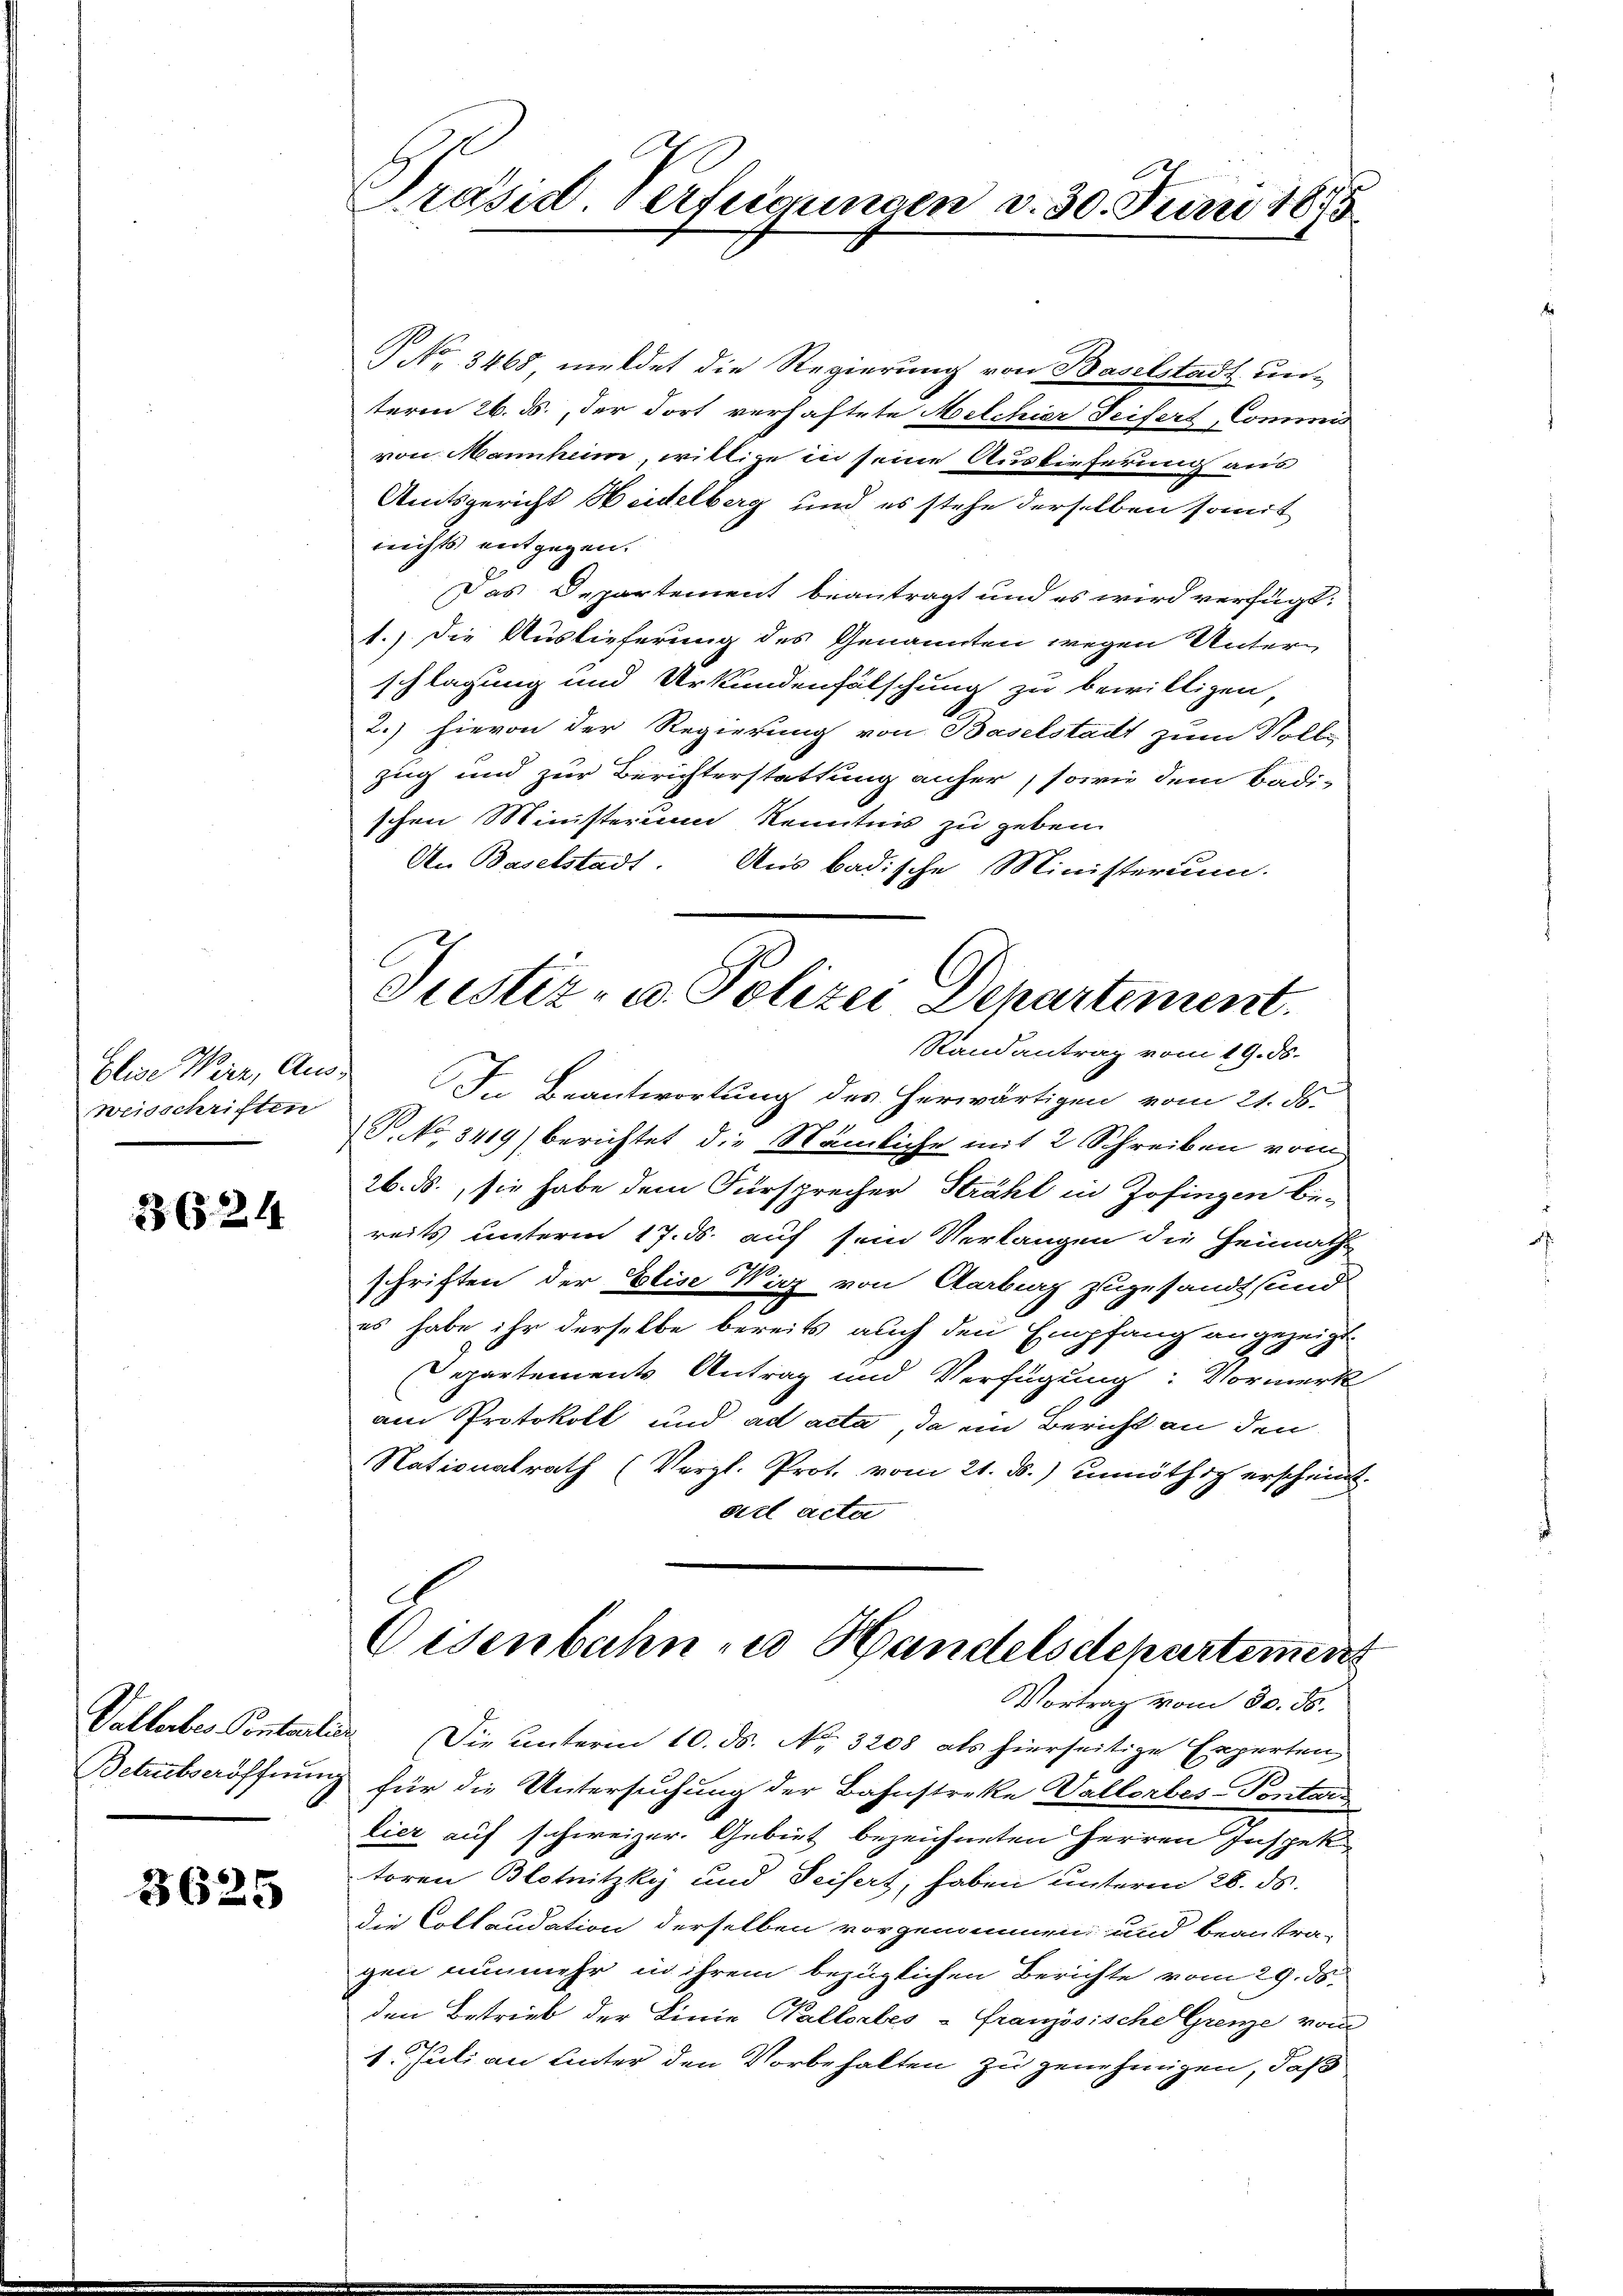
weisschriften

3624

3625

Präsid. Verfügungen d. 30. Juni 1885

No 3468, meldet die Regierung von Baselstadt un-
term 26. ds., der dort verhaftete Melchior Seifert, Commis
von Mannheim, willige in seine Auslieferung aus
Amtsgericht Heidelberg und es stehe derselben somit
nichts entgegen.
Das Departement beantragt und es wird verfügt:
1.) Die Auslieferung des Genannten wegen Unterschlagung und Urkundenfälschung zu bewilligen,
2.) hievon der Regierung von Baselstadt zum Volle
zug und zur Berichterstattung anher, sowie dem Badischen Ministerum Kenntnis zu geben.
An Baselstadt. Aus badische Ministerium
Elise Wirz, Aus. In Beantwortung des herwärtigen vom 21. ds.
P.No. 3419) berichtet die Nämliche mit 2 Schreiben vom
26. ds., sie habe dem Fürsprecher Strahl in Zofingen be-
reits unterm 17. ds. auf sein Verlangen die Heimaths
schriften der Elise Wirz von Aarburg zugesandt und
es habe ihr derselbe bereits auch den Empfang angezeigt.
Departements Antrag und Verfügung: Vormerk
am Protokoll und ad acta, da ein Bericht an den
Nationalrath (Vergl. Prot. vom 21. d.) unnöthig erscheint.
ad acta
Oisenbahn zu Handelsdepartemens
Vortrag vom 30. ds.
Vallerbes Pontalier Die unterm 10. ds. No. 3208 als hierseitige Experten
Betreitseröffnung für die Untersuchung der Bahnstreke Vallorbes-Pontars
lier auf schweizer. Gebiet bezeichneten Herren Inspektoren Blotnitzky und Seifert, haben unterm 28. ds.
Die Collaudation derselben vorgenommen und beantra-
gen nunmehr in ihrem bezüglichen Berichte vom 29. ds.
den Betrieb der Linie Pallerbes-Französische Grenze vom
1. Juli an Unter den Vorbehalten zu genehmigen, daß

Justiz- u. Polizei Departement.
Randantrag vom 19. ds.